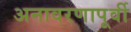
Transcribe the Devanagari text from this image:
अनावरणापूर्वी